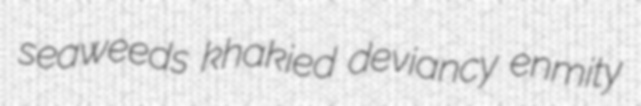
seaweeds khakied deviancy enmity